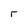
Character: r